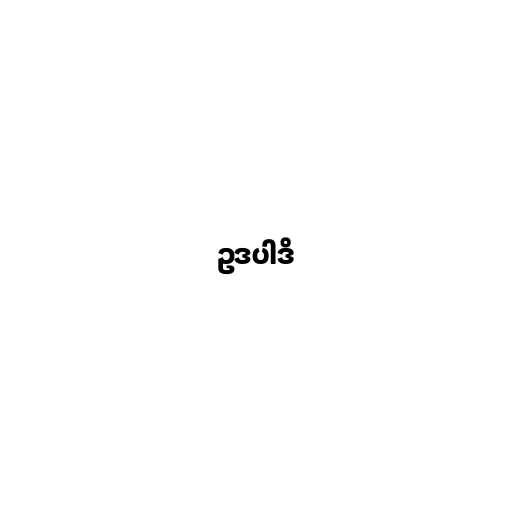
ဥဒပါဒိ